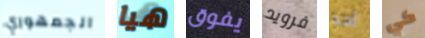
الجمهوري هيا يفوق فرويد أحد كي